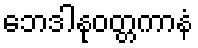
ဘေဒါနုဝတ္တကာနံ